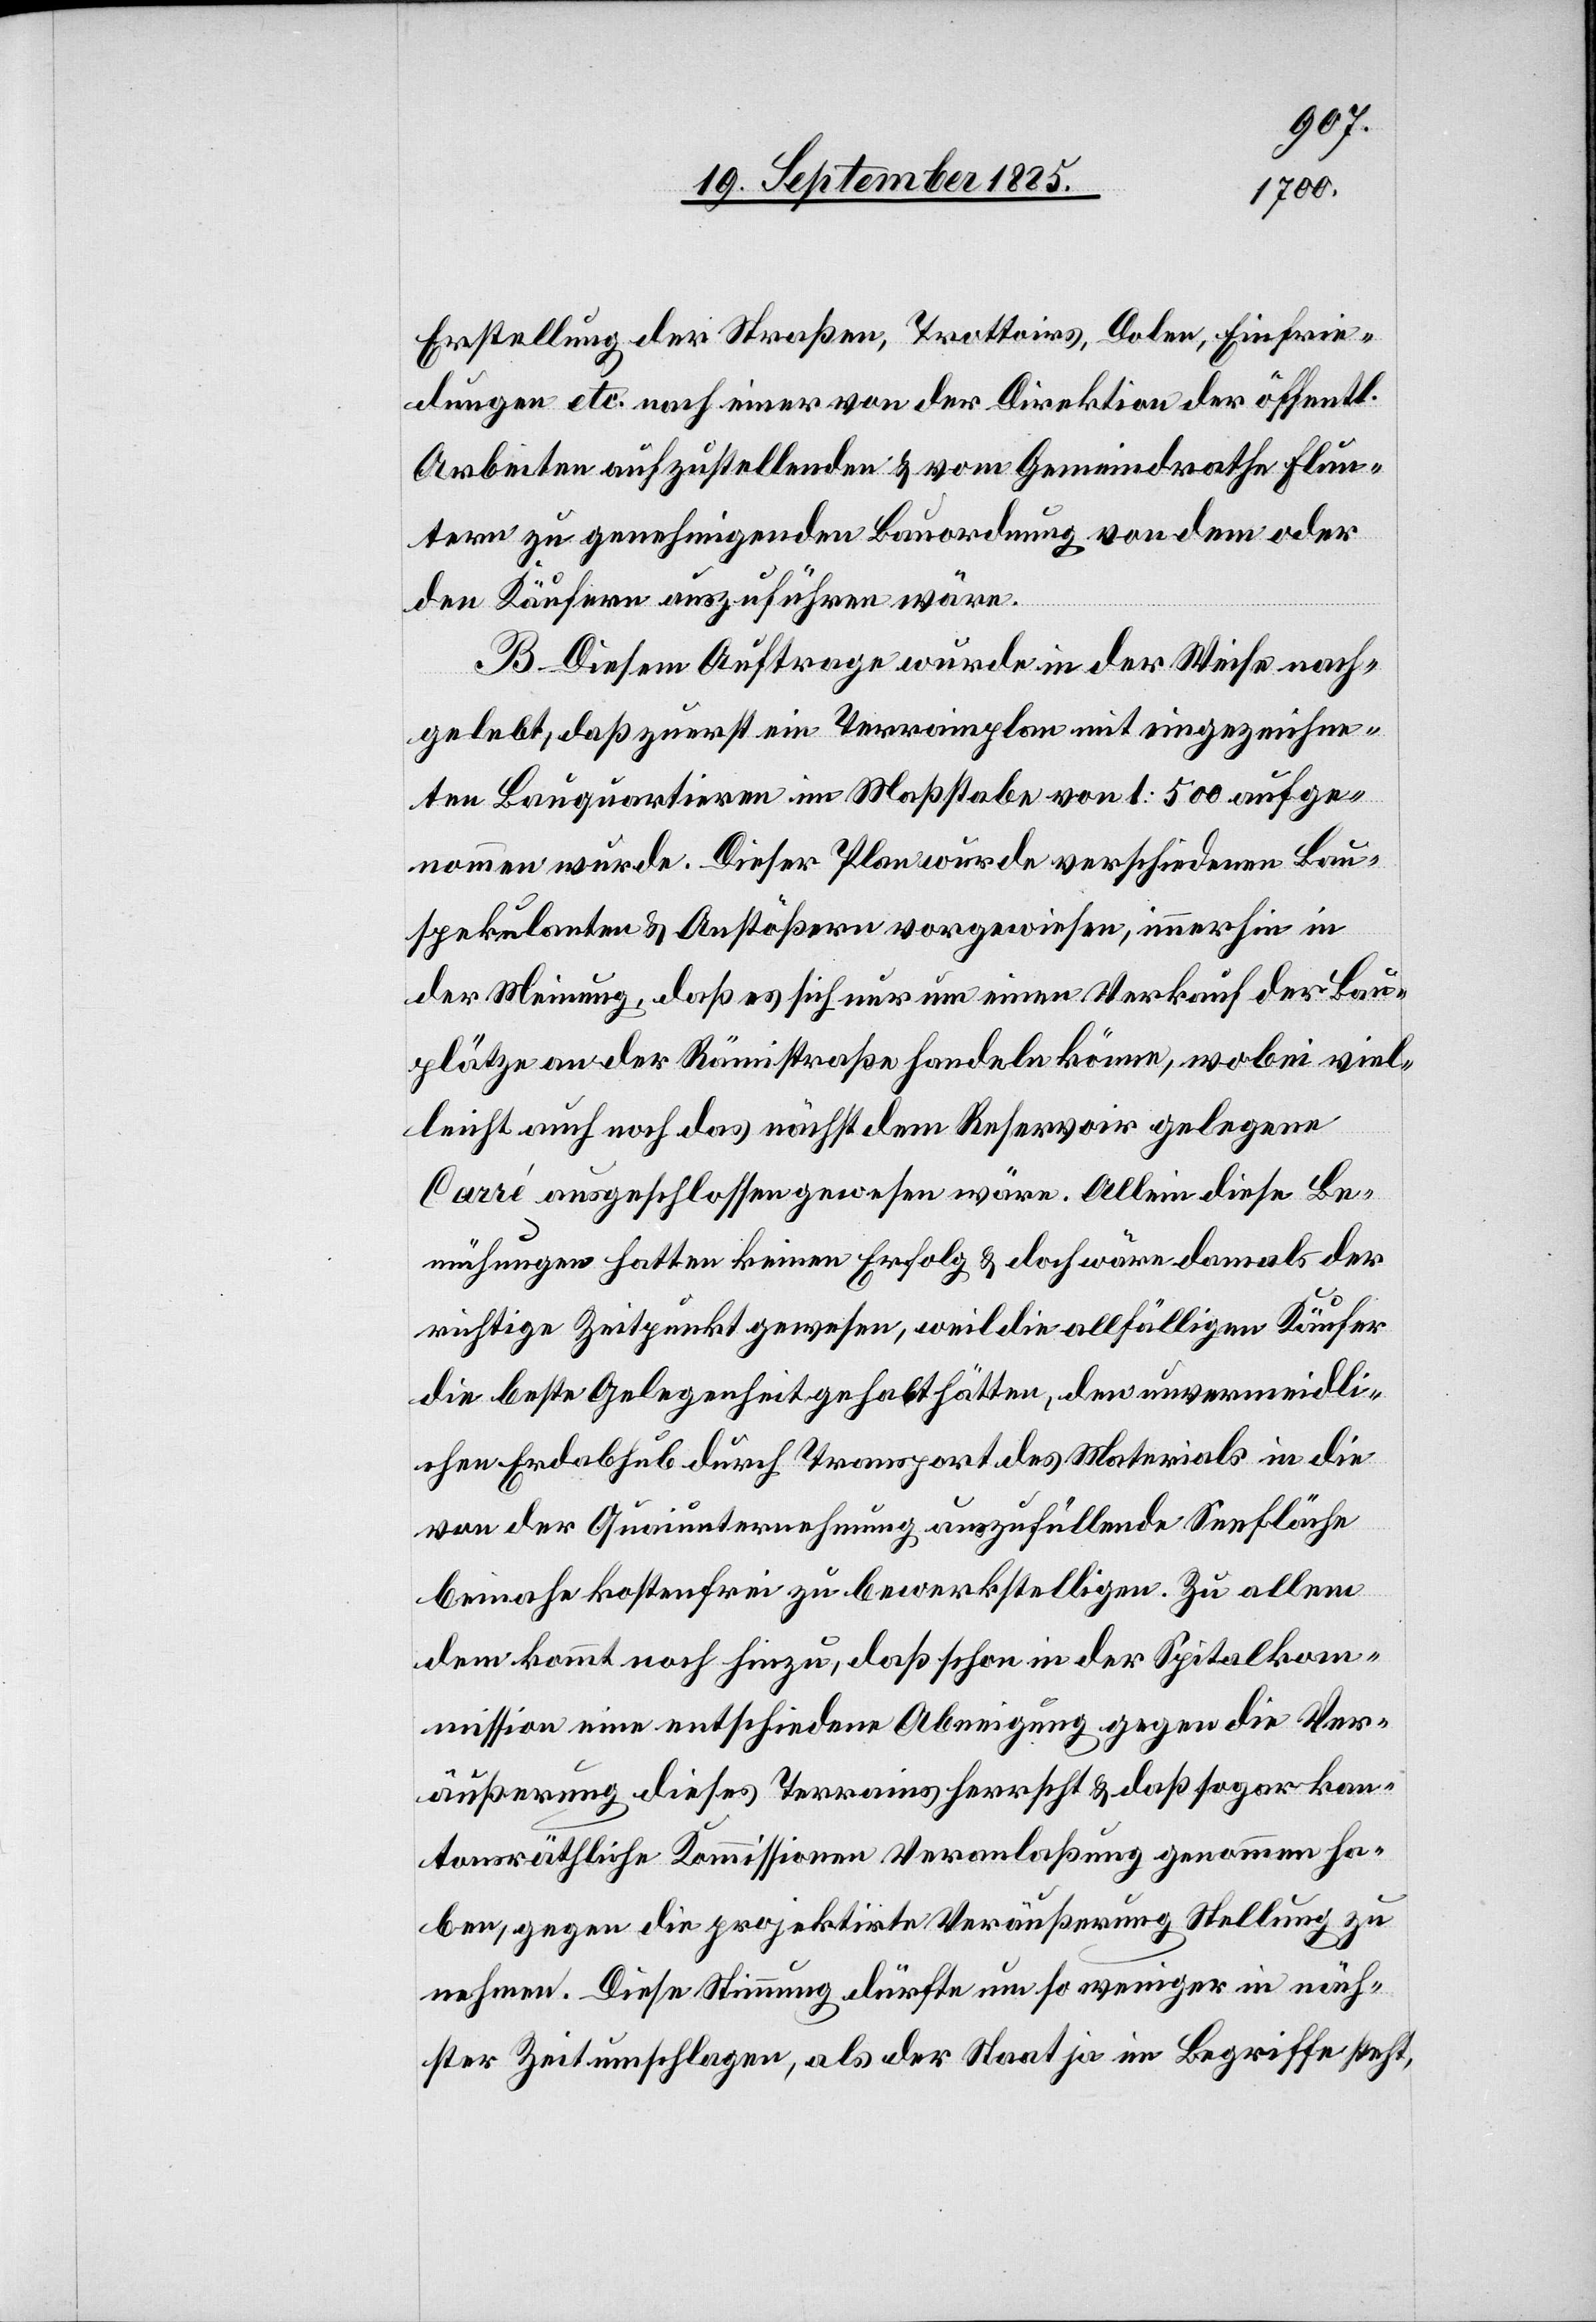
Erstellung der Straßen, Trottoirs, Dolen, Einfrie¬
dungen etc. nach einer von der Direktion der öffentl.
Arbeiten aufzustellenden & vom Gemeindrathe Flun¬
tern zu genehmigenden Bauordnung von dem oder
den Käufern auszuführen wären.
B. Diesem Auftrage wurde in der Weise nach¬
gelebt, daß zuerst ein Terrainplan mit eingezeichne¬
ten Bauquartieren im Maßstabe von 1:500 aufge¬
nommen wurde. Dieser Plan wurde verschiedenen Bau¬
spekulanten & Anstößern vorgewiesen, immerhin in
der Meinung, daß es sich nur um einen Verkauf der Bau¬
plätze an der Rämistraße handeln könne, wobei viel¬
leicht auch noch das nächst dem Reservoir gelegene
Carré ausgeschlossen gewesen wäre. Allein diese Be¬
mühungen hatten keinen Erfolg & doch wäre damals der
richtige Zeitpunkt gewesen, weil die allfälligen Käufer
die beste Gelegenheit gehabt hätten, den unvermeidli¬
chen Erdabhub durch Transport des Materials in die
von der Quaiunternehmung auszufüllende Seefläche
beinahe kostenfrei zu bewerkstelligen. Zu allem
dem kommt noch hinzu, daß schon in der Spitalkom¬
mission eine entschiedene Abneigung gegen die Ver¬
äußerung dieses Terrains herrscht & daß sogar kan¬
tonsräthliche Kommissionen Veranlaßung genommen ha¬
ben, gegen die projektirte Veräußerung Stellung zu
nehmen. Diese Stimmung dürfte um so weniger in näch¬
ster Zeit umschlagen, als der Staat ja im Begriffe steht,